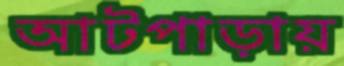
আটপাড়ায়